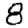
Digit: 8